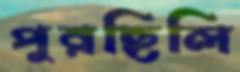
পুরছিলি